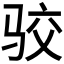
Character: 𱅐